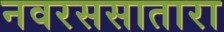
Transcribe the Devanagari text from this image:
नवरससातारा